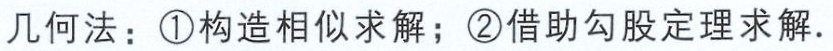
几何法：\textcircled{1}构造相似求解；\textcircled{2}借助勾股定理求解.